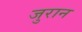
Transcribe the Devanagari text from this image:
जुरान